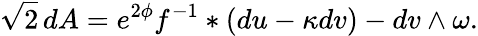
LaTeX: \sqrt{2}\, dA=e^{2\phi}f^{-1}\ast(du-\kappa dv)-dv\wedge\omega.